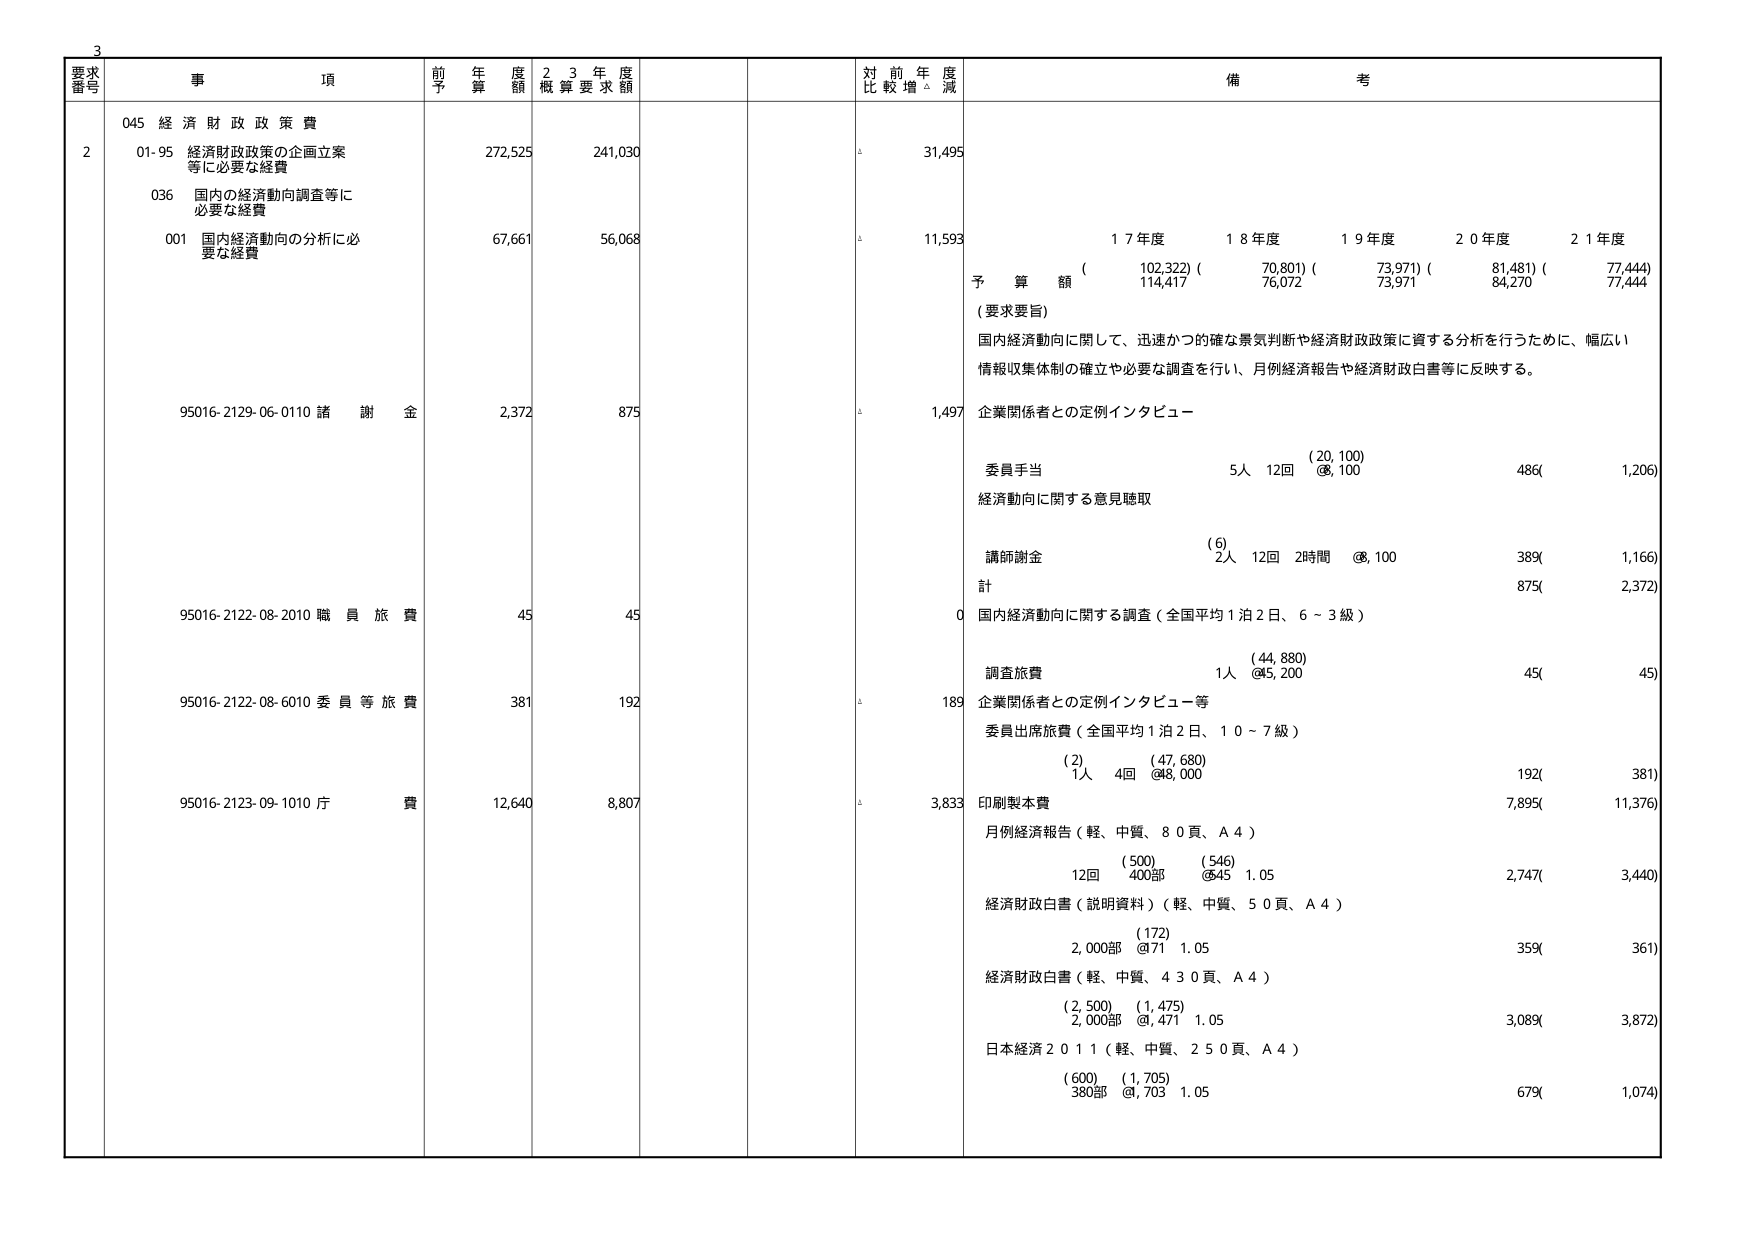
3
要求
番号
事 項
前 予 算 額
2 3 年 度
概 算 要 求 額
対 前 年 度
比 較 増 △ 減
備 考
2
045 経 済 財 政 政 策 費
01-95 経済財政政策の企画立案
等に必要な経費
272,525
241,030
△
31,495
036 国内の経済動向調査等に
必要な経費
001 国内経済動向の分析に必
要な経費
67,661
56,068
△
11,593
1 7 年度
1 8 年度
1 9 年度
2 0 年度
2 1 年度
予 算 額
(
102,322)
(
70,801)
(
73,971)
(
81,481)
(
77,444)
(
114,417
76,072
73,971
84,270
77,444
( 要求要旨)
国内経済動向に関して、迅速かつ的確な景気判断や経済財政政策に資する分析を行うために、幅広い
情報収集体制の確立や必要な調査を行い、月例経済報告や経済財政白書等に反映する。
95016-2129-06-0110 諸 謝 金
2,372
875
△
1,497
企業関係者との定例インタビュー
委員手当
(20,100)
5人 12回 @8,100
486(
1,206)
経済動向に関する意見聴取
講師謝金
(6)
2人 12回 2時間 @8,100
389(
1,166)
計
875(
2,372)
95016-2122-08-2010 職 員 旅 費
45
45
0
国内経済動向に関する調査（全国平均1泊2日、6～3級）
調査旅費
(44,880)
1人 @45,200
45(
45)
95016-2122-08-6010 委 員 等 旅 費
381
192
△
189
企業関係者との定例インタビュー等
委員出席旅費（全国平均1泊2日、10～7級）
(2)
(47,680)
1人 4回 @48,000
192(
381)
95016-2123-09-1010 庁 費
12,640
8,807
△
3,833
印刷製本費
7,895(
11,376)
月例経済報告（軽、中質、80頁、A4）
(500)
(546)
12回 400部 @45 1.05
2,747(
3,440)
経済財政白書（説明資料）（軽、中質、50頁、A4）
(172)
2,000部 @71 1.05
359(
361)
経済財政白書（軽、中質、430頁、A4）
(2,500)
(1,475)
2,000部 @1,471 1.05
3,089(
3,872)
日本経済2011（軽、中質、250頁、A4）
(600)
(1,705)
380部 @7,703 1.05
679(
1,074)